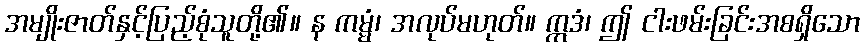
အမျိုးဇာတ်နှင့်ပြည့်စုံသူတို့၏။ န ကမ္မံ၊ အလုပ်မဟုတ်။ ဣဒံ၊ ဤ ငါးဖမ်းခြင်းအစရှိသော